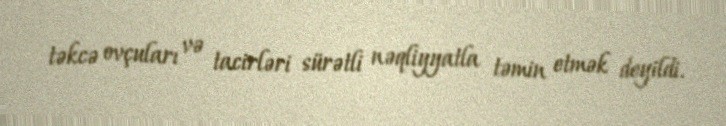
təkcə ovçuları və tacirləri sürətli nəqliyyatla təmin etmək deyildi.